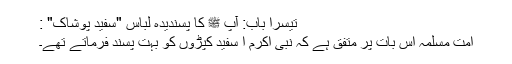
تیسرا باب: آپ ﷺ کا پسندیدہ لباس "سفید پوشاک" :
امت مسلمہ اس بات پر متفق ہے کہ نبی اکرم ا سفید کپڑوں کو بہت پسند فرماتے تھے۔